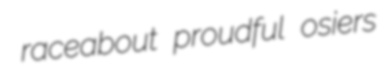
raceabout proudful osiers